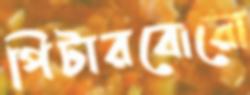
পিটারবোরো